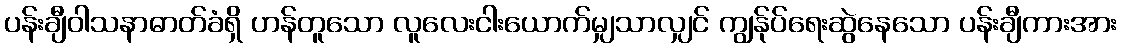
ပန်းချီဝါသနာဓာတ်ခံရှိ ဟန်တူသော လူလေးငါးယောက်မျှသာလျှင် ကျွန်ုပ်ရေးဆွဲနေသော ပန်းချီကားအား